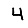
Digit: 4